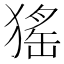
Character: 猺